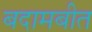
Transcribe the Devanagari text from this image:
बदामबीत